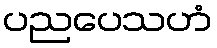
ပညပေသဟံ